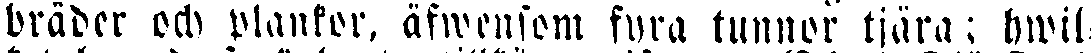
bräder och plankor, äfwensom fyra tunnor tjära; hwil-